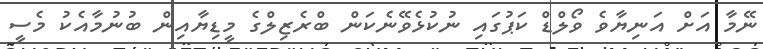
ނޭމާ އަށް އަނިޔާވެ ވޯލްޑް ކަޕުގައި ނުކުޅެވޭނެކަން ބްރެޒިލްގެ މީޑިޔާއިން ބުނުމާއެކު މެސީ